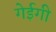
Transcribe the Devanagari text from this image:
गेईगी